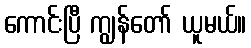
ကောင်းပြီ ကျွန်တော် ယူမယ်။